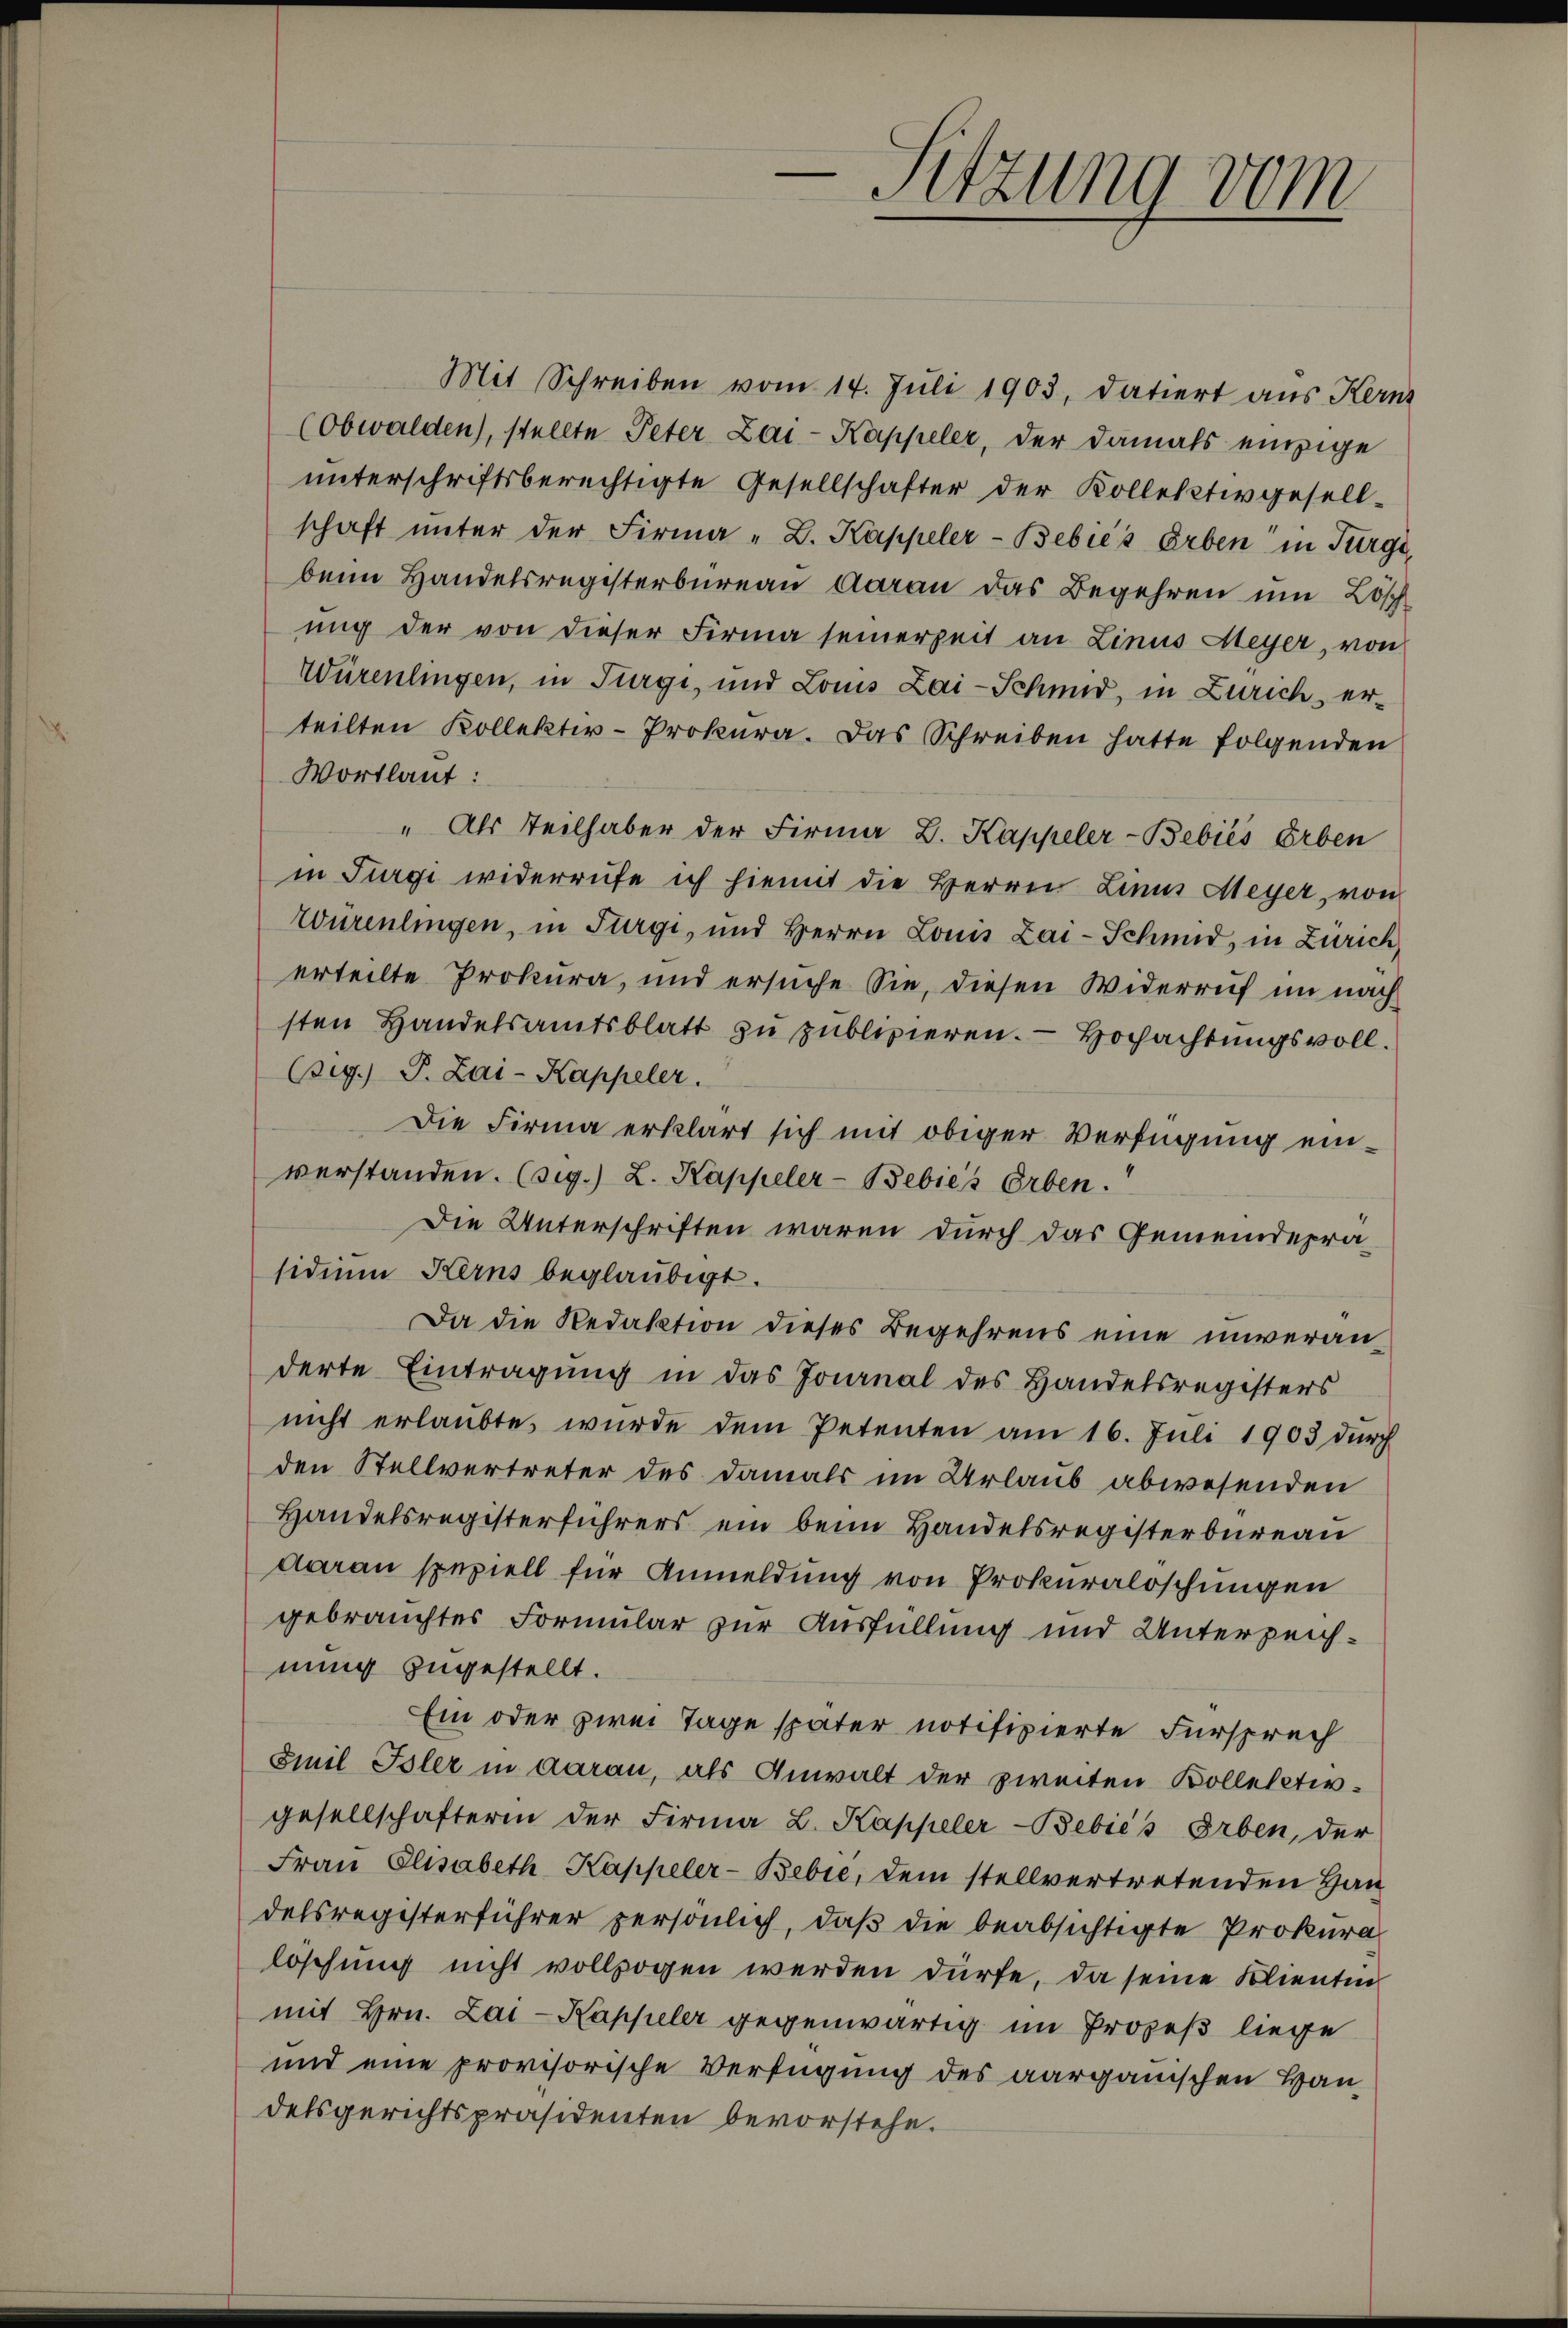
Mit Schreiben vom 14. Juli 1903, datiert aus Kerne
(Obwalden), stellte Peter Lai- Kappeler, der damals einzige
unterschriftsberechtigte Gesellschafter der Kollektivgesell-
schaft ŭnter der Firma „L. Kappeler-Bebiés Erben in Turge
beim Handelsregisterbureau daran das Begehren um Löschung der von dieser Firma seinerzeit an Linus Meyer, von
Würenlingen, in Turgi, und Louis Lai-Schmid, in Zürich erteilten Kollektiv-Prokura. Das Schreiben hatte folgenden
Wortlaut:
" Als Teilhaber der Firma B. Kappeler-Bebiés Erben
in Furgi widerrufe ich hiemit die Herren Linus Meyer, von
Würenlingen, in Fürgi, und Herrn Louis Lai-Schmid, in Zürich
erteilte Prokura, und ersuche Sie, diesen Widerruf im nach
sten Handelsamtsblatt zu publizieren. — Hochachtungsvoll¬
(sig.) P. Zai-Kappeler.
Die Firma erklärt sich mit obiger Verfügung einverstanden. (sig.) L. Kappeler-Bebies Erben.
Die Unterschriften waren durch das Gemeindepräsidiŭm Kerns beglaubigt.
Da die Redaktion dieses Begehrens eine unveranderte Eintragung in das Journal des Handelsregisters
nicht erlaubte wurde dem Petenten am 16. Juli 1903 dŭrch
den Stellvertreter des damals im Urlaub abwesenden
Handelsregisterführers ein beim Handelsregisterbureau
daran speziell für Anmeldung von Prokuralöschungen
gebrauchtes Formular zur Ausfüllung und Unterzeichnung zugestellt.
Ein oder zwei Tage später notifizierte Fürsprech
Emil Isler in daran, als Anwalt der zweiten Kolleletivgesellschaftern der Firma L. Kappeler-Bebić's Erben, der
Frau Elisabeth Kappeler-Bebre, dem stellvertretenden Handelsregisterführer persönlich, daß die beabsichtigte Prokuralöschung nicht vollzogen werden dürfe, da seine Klienten
mit Hrn. Lai-Kappeler gegenwärtig im Prozeß liege
und eine provisorische Verfügung des aarganischen Hau
delsgerichtspräsidenten bevorstehe.

-Sitzung vom